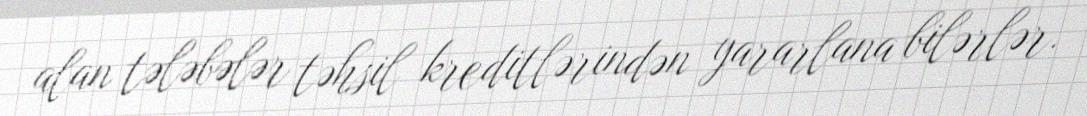
alan tələbələr təhsil kreditlərindən yararlana bilərlər.